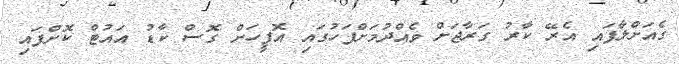
ގެއަށްލާފައި އެރޭ ކާރު ގަރާޖަށް ވެއްދުމަށްފަހުގައި އޮފީހަށް ގޮސް ކާޑު އައުޓް ކޮށްފައި